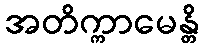
အတိက္ကာမေန္တိ